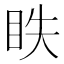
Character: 眣